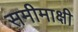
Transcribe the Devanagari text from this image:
समीमाक्षी